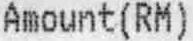
AMOUNT(RM)